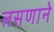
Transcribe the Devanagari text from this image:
लसणाने